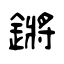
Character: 鏘